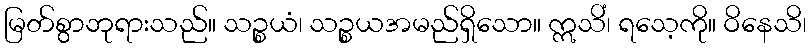
မြတ်စွာဘုရားသည်။ သဉ္စယံ၊ သဉ္စယအမည်ရှိသော။ ဣသိံ၊ ရသေ့ကို။ ဝိနေသိ၊